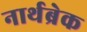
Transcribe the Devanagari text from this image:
नार्थब्रेक